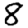
Digit: 8